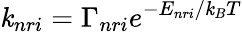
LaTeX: \mathit{k}_{nri}=\Gamma_{nri}e^{-E_{nri}/\mathit{k}_{B}T}